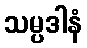
သမ္ပဒါနံ